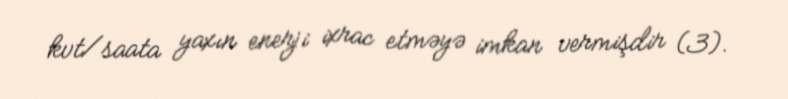
kvt/saata yaxın enerji ixrac etməyə imkan vermişdir (3).